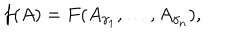
f ( A ) = F ( A _ { \gamma _ { 1 } } , \dots , A _ { \gamma _ { n } } ) ,